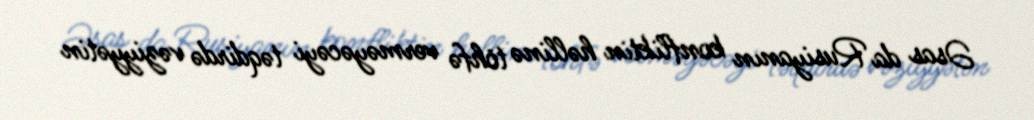
Əsas da Rusiyanın konfliktin həllinə töhfə verməyəcəyi təqdirdə vəziyyətin